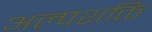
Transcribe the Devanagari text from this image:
अल्पशक्ति